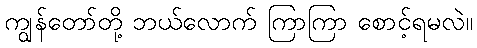
ကျွန်တော်တို့ ဘယ်လောက် ကြာကြာ စောင့်ရမလဲ။